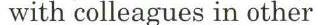
with colleagues in other